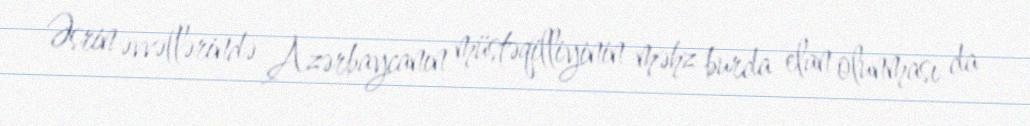
Əsrin əvvəllərində Azərbaycanın müstəqilliyinin məhz burda elan olunması da